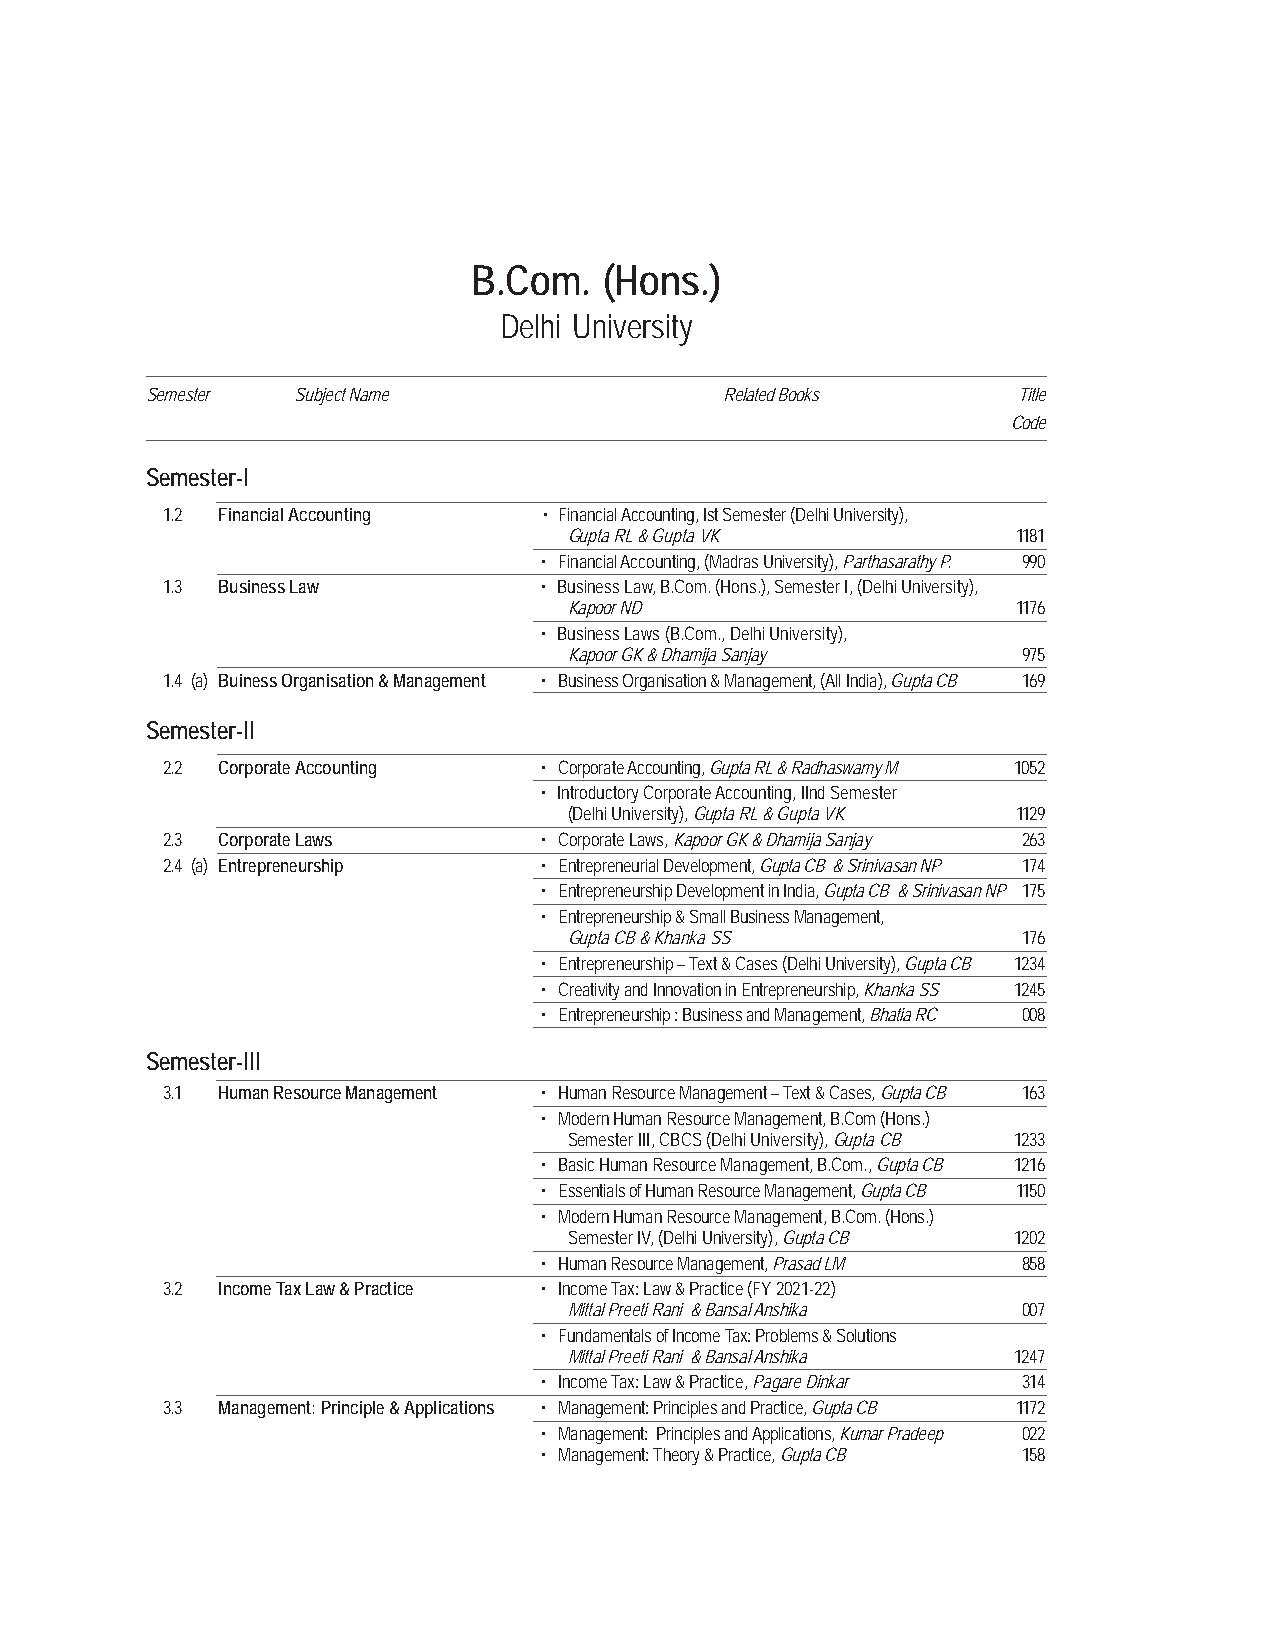
B.Com.   (Hons.)
 Delhi University
 Semester Subject Name                 Related Books      Title
 Code
 Semester-I
 1.2 Financial Accounting • Financial Accounting, Ist Semester (Delhi University),
 Gupta RL & Gupta VK          1181
 • Financial Accounting, (Madras University), Parthasarathy P. 990
 1.3 Business Law         • Business Law, B.Com. (Hons.), Semester I, (Delhi University),
 Kapoor ND                    1176
 • Business Laws (B.Com., Delhi University),
 Kapoor GK & Dhamija Sanjay    975
 1.4 (a) Buiness Organisation & Management • Business Organisation & Management, (All India), Gupta CB 169
 Semester-II
 2.2 Corporate Accounting • Corporate Accounting, Gupta RL & Radhaswamy M 1052
 • Introductory Corporate Accounting, IInd Semester
 (Delhi University), Gupta RL & Gupta VK 1129
 2.3 Corporate Laws       • Corporate Laws, Kapoor GK & Dhamija Sanjay 263
 2.4 (a) Entrepreneurship • Entrepreneurial Development, Gupta CB & Srinivasan NP 174
 • Entrepreneurship Development in India, Gupta CB & Srinivasan NP 175
 • Entrepreneurship & Small Business Management,
 Gupta CB & Khanka SS          176
 • Entrepreneurship – Text & Cases (Delhi University), Gupta CB 1234
 • Creativity and Innovation in Entrepreneurship, Khanka SS 1245
 • Entrepreneurship : Business and Management, Bhatia RC 008
 Semester-III
 3.1 Human Resource Management • Human Resource Management – Text & Cases, Gupta CB 163
 • Modern Human Resource Management, B.Com (Hons.)
 Semester III, CBCS (Delhi University), Gupta CB 1233
 • Basic Human Resource Management, B.Com., Gupta CB 1216
 • Essentials of Human Resource Management, Gupta CB 1150
 • Modern Human Resource Management, B.Com. (Hons.)
 Semester IV, (Delhi University), Gupta CB 1202
 • Human Resource Management, Prasad LM 858
 3.2 Income Tax Law & Practice • Income Tax: Law & Practice (FY 2021-22)
 Mittal Preeti Rani & Bansal Anshika 007
 • Fundamentals of Income Tax: Problems & Solutions
 Mittal Preeti Rani & Bansal Anshika 1247
 • Income Tax: Law & Practice, Pagare Dinkar 314
 3.3 Management: Principle & Applications • Management: Principles and Practice, Gupta CB 1172
 • Management: Principles and Applications, Kumar Pradeep 022
 • Management: Theory & Practice, Gupta CB 158